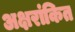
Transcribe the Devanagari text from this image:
अक्षरांकित